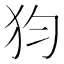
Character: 𤜼